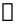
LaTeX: \mathbb{1}